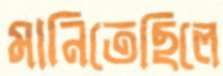
মানিতেছিলে